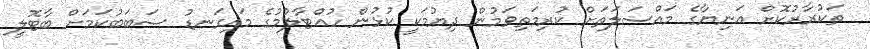
ތަކުރާރުކޮށް އަނިޔާގެ މައްސަލަތަށް ކުރިމަތިވަމުން ދިޔުމަކީ ކުޅުން ހުއްޓާލުމުގެ މައިގަނޑު ސަބަބުކަމަށް ބާޓޮލީ